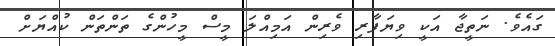
ގައެވެ. ނަތީޖާ އަކީ ވިޔަފާރި ވެރިން އަމިއްލަ މީސް މީހުންގެ ތަންތަން ކުއްޔަށް